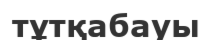
тұтқабауы